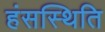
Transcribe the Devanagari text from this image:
हंसस्थिति